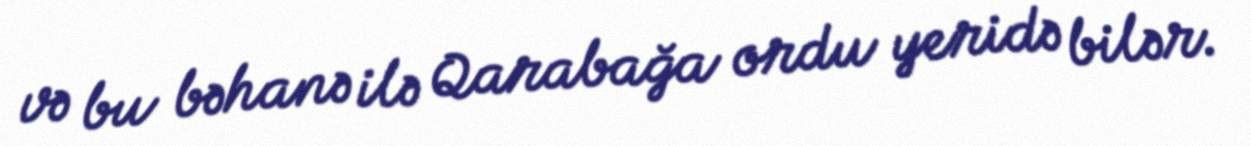
və bu bəhanə ilə Qarabağa ordu yeridə bilər.